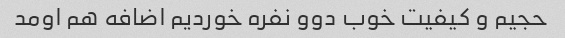
حجیم و کیفیت خوب دوو نفره خوردیم اضافه هم اومد